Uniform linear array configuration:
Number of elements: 48
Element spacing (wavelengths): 0.5
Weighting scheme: blackman
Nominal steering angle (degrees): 45
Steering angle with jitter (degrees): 45.249
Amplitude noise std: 0.05
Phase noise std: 0.05

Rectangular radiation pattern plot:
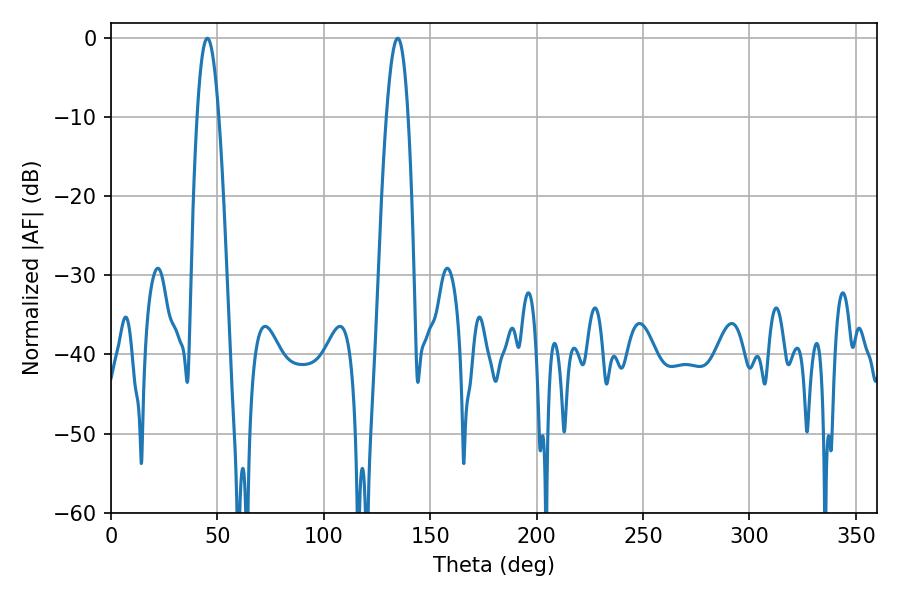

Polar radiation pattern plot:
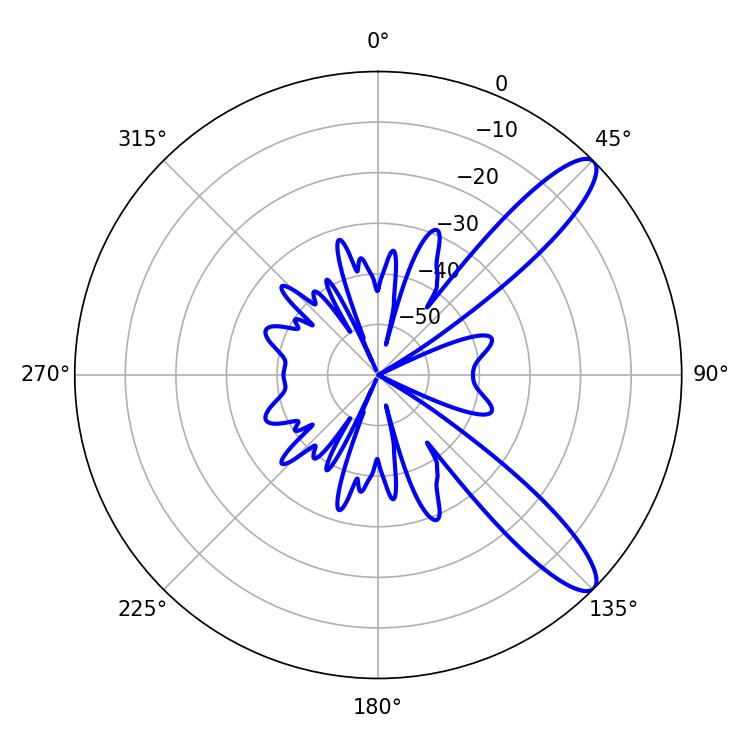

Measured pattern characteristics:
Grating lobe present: FALSE
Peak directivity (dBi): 11.232
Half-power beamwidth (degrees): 5.4
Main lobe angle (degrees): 45.36